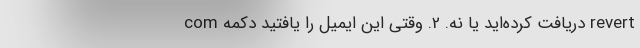
com دریافت کرده‌اید یا نه. 2. وقتی این ایمیل را یافتید دکمه revert